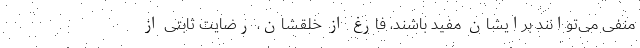
منفی می‌توانند برایشان مفید باشند، فارغ از خلقشان، رضایت ثابتی از